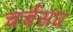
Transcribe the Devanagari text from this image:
चर्चसंघ